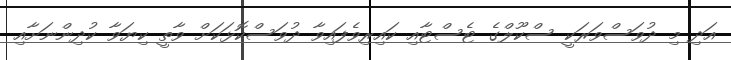
އަދި މި ދުވަސްވަރަކީ ސްކޫލްގެ ޓެސްޓާއި ކައިރިވެފައިވާ ދުވަސްކޮޅަކަށް ވާތީ ކިޔަވާ ކުދިންނަށާއި